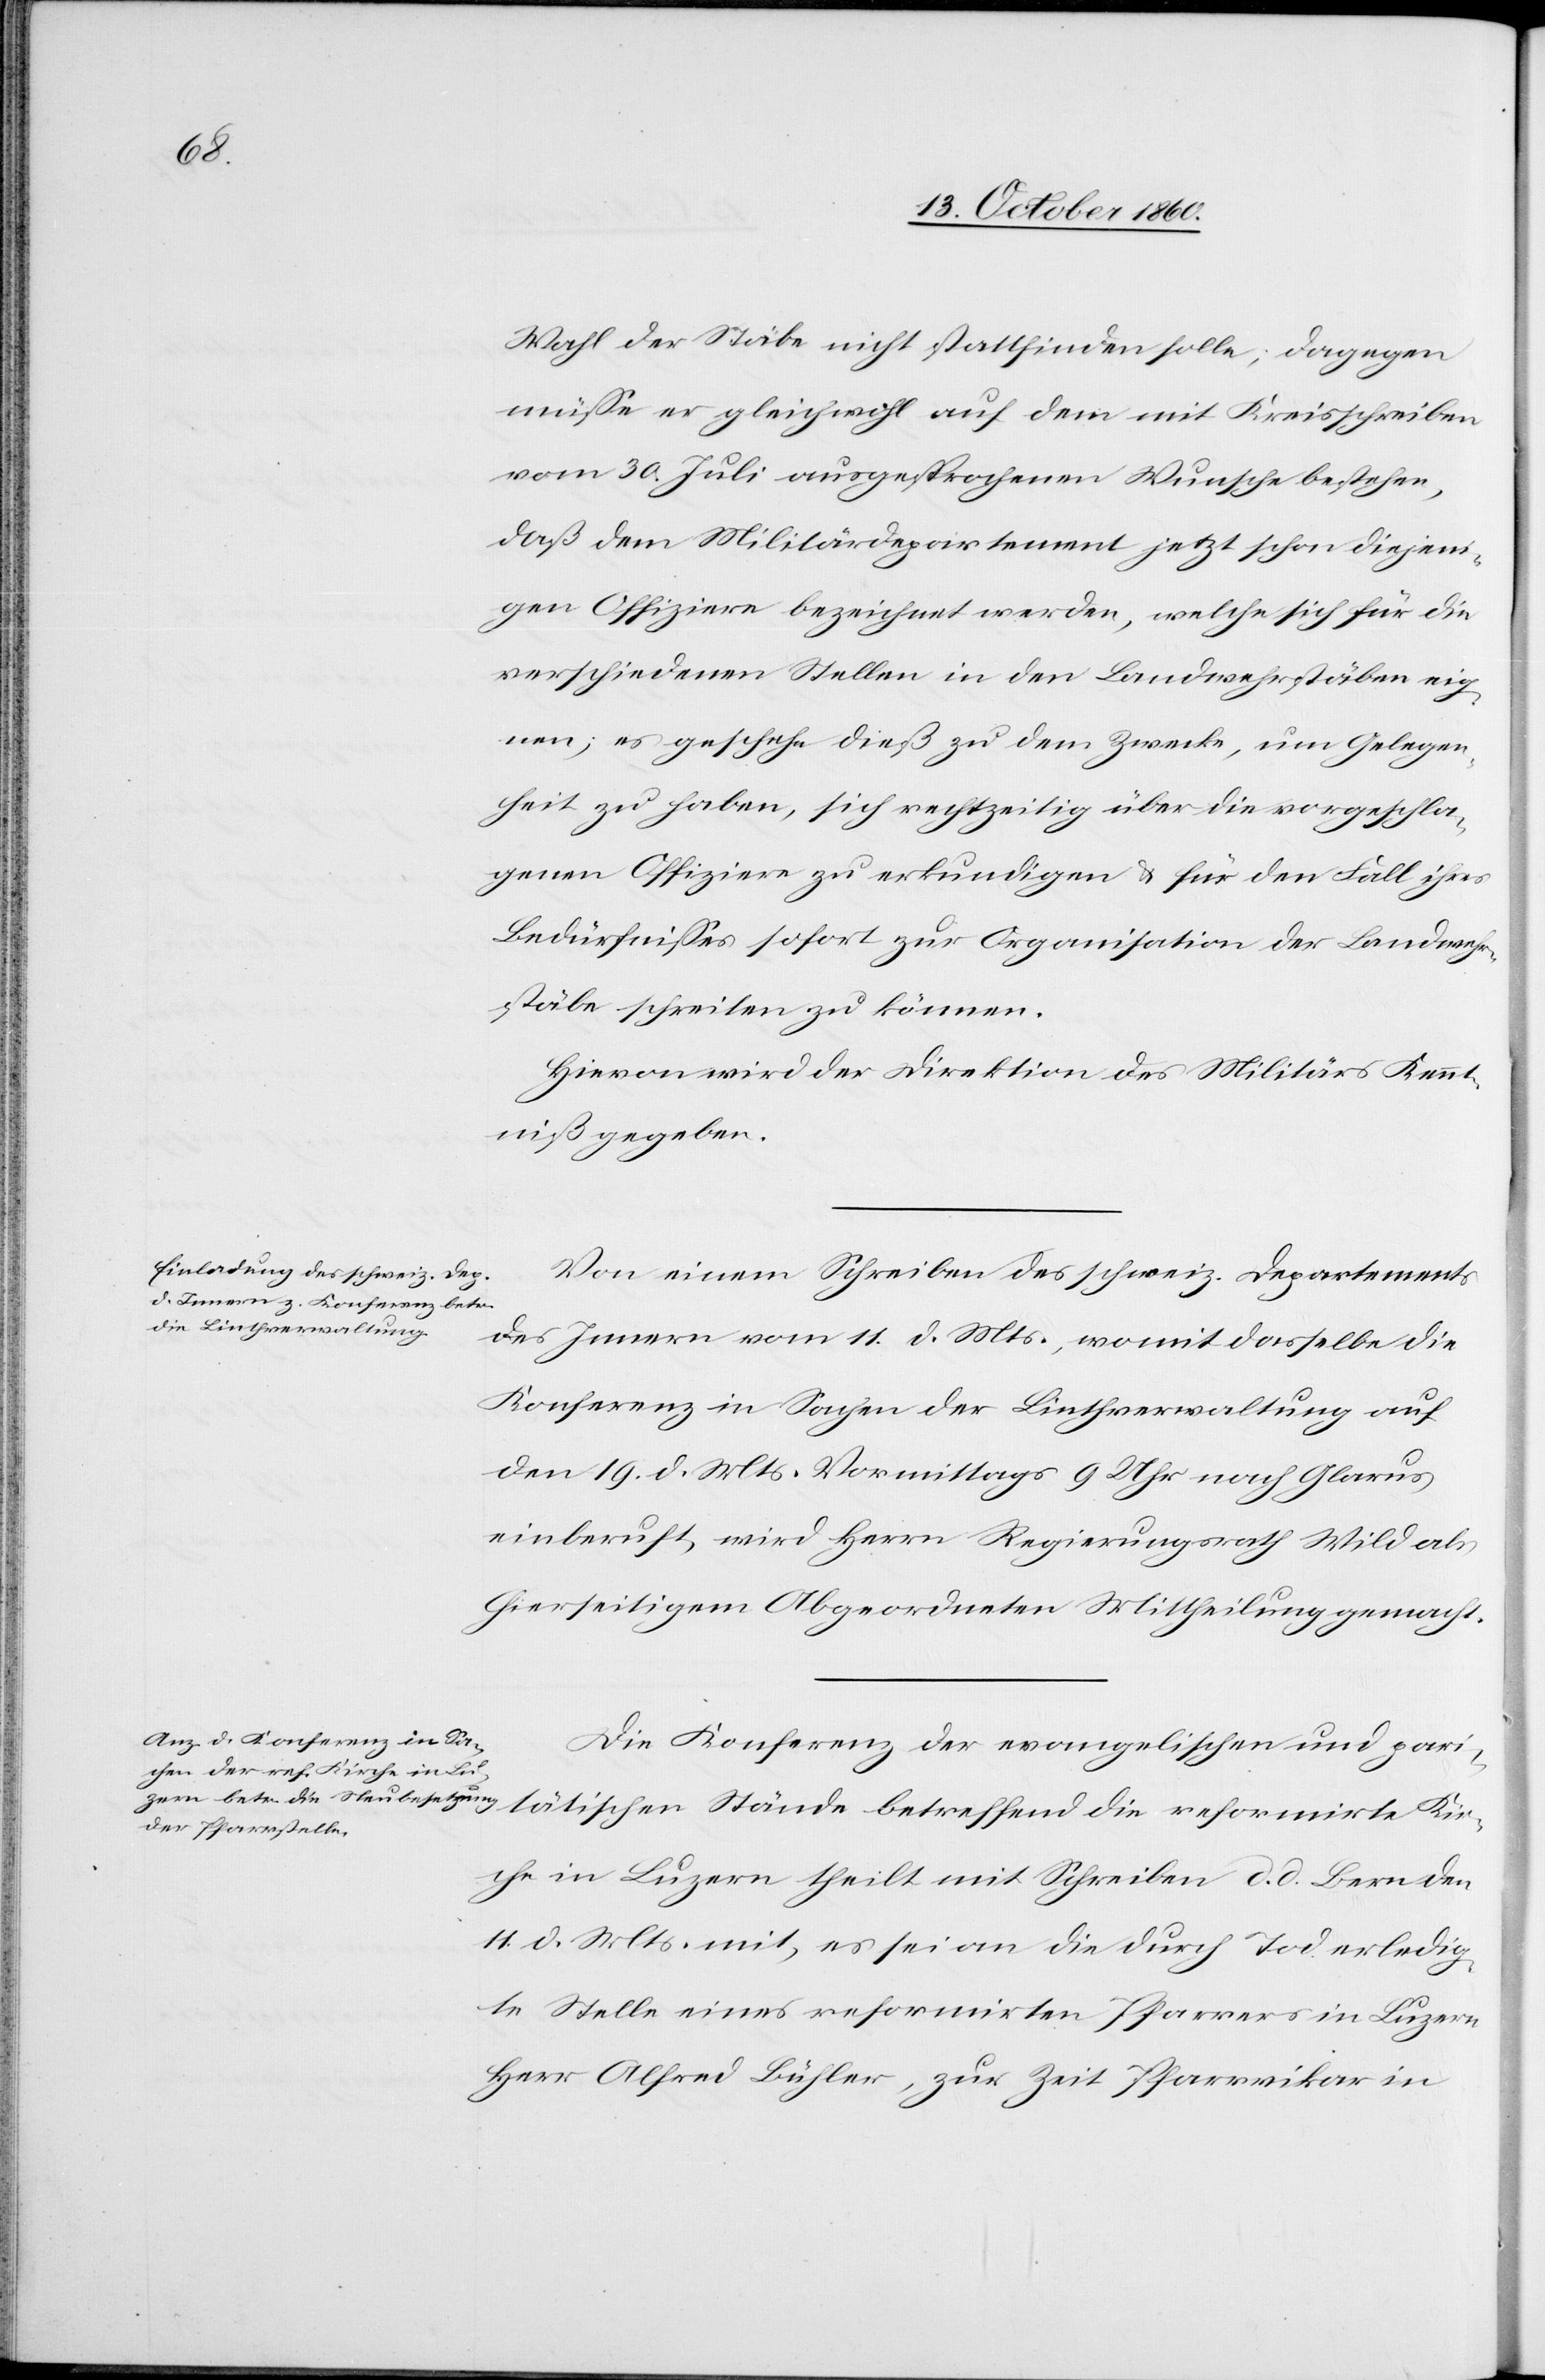
Wahl der Stäbe nicht stattfinden solle, dagegen
müsse er gleichwohl auf dem mit Kreisschreiben
vom 30. Juli ausgesprochenen Wunsche bestehen,
daß dem Militärdepartement jetzt schon diejeni¬
gen Offiziere bezeichnet werden, welche sich für die
verschiedenen Stellen in den Landwehrstäben eig¬
nen; es geschehe dieß zu dem Zweck, um Gelegen¬
heit zu haben, sich rechtzeitig über die vorgeschla¬
genen Offiziere zu erkundigen u. für den Fall ihres
Bedürfnisses sofort zur Organisation der Landwehr¬
stäbe schreiten zu können.
Hievon wird der Direktion des Militärs Kennt¬
niß gegeben.
Von einem Schreiben des schweiz. Departements
des Innern vom 11. d. Mts, womit dasselbe die
Konferenz in Sachen der Linthverwaltung auf
den 19.d. Mts. Vormittags 9 Uhr nach Glarus
einberuft wird Herrn Regierungsrath Wild als
hierseitigem Abgeordneten Mittheilung gemacht.
Die Konferenz der evangelischen und pari¬
tätischen Stände betreffend die reformirte Kir¬
che in Luzern theilt mit Schreiben d. d. Bern den
4. d. Mts. mit, es sei an die durch Tod erledig¬
te Stelle eines reformirten Pfarrers in Luzern
Herr Alfred Bühler, zur Zeit Pfarrvikar in